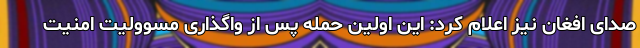
صدای افغان نیز اعلام کرد: این اولین حمله پس از واگذاری مسوولیت امنیت